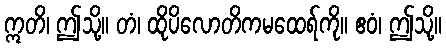
ဣတိ၊ ဤသို့။ တံ၊ ထိုပိလောတိကမထေရ်ကို။ ဧဝံ၊ ဤသို့။